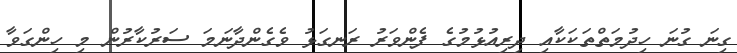
ގިނަ ގުނަ ހިދުމަތްތަކަކާއި ދިރިއުޅުމުގެ ފެންވަރު ރަނގަޅު ވެގެންދާނަމަ ސަރުކާރުން މި ހިންގަވާ